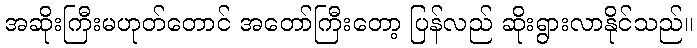
အဆိုးကြီးမဟုတ်တောင် အတော်ကြီးတော့ ပြန်လည် ဆိုးရွားလာနိုင်သည်။